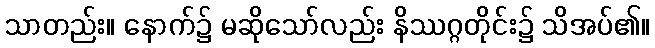
သာတည်း။ နောက်၌ မဆိုသော်လည်း နိဿဂ္ဂတိုင်း၌ သိအပ်၏။